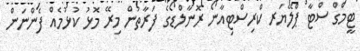
ޓީމްގް ސްޓާ ޕްލޭޔަރ ކްރިސްޓިއާނޯ ރޮނާލްޑޯގެ ފަރާތުން މިރޭ މޮޅު ކުޅުމެއް ފެންނަން